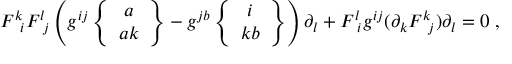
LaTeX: F ^ { k } \! _ { i } F ^ { l } \! _ { j } \left( g ^ { i j } \left\{ \begin{array} { c } { { a } } \\ { { a k } } \end{array} \right\} - g ^ { j b } \left\{ \begin{array} { c } { { i } } \\ { { k b } } \end{array} \right\} \right) \partial _ { l } + F ^ { l } \! _ { i } g ^ { i j } ( \partial _ { k } F ^ { k } \! _ { j } ) \partial _ { l } = 0 \; ,